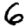
Digit: 6